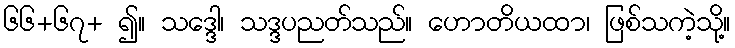
၆၆+၆၇+ ၍။ သဒ္ဒေါ၊ သဒ္ဒပညတ်သည်။ ဟောတိယထာ၊ ဖြစ်သကဲ့သို့။